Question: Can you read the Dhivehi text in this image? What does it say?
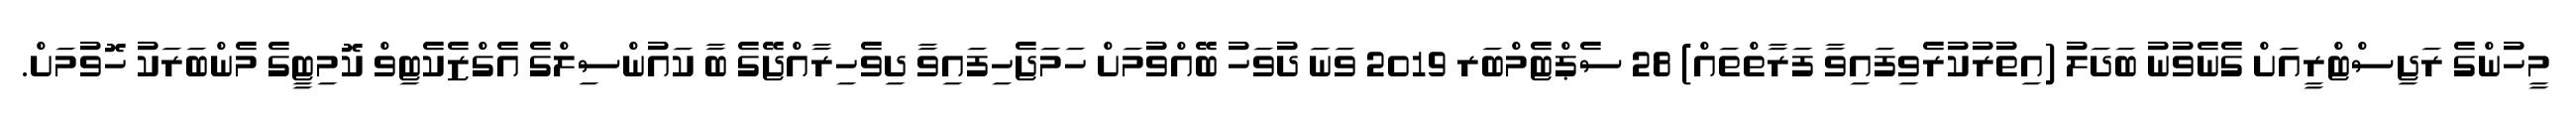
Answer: މީހުންގެ ރަޖިސްޓްރީއަށް ގެނެވުނު ބަދަލު (އިތުރުކުރެވިފައިވާ ފަރާތްތައް) 28 ސެޕްޓެމްބަރ 2019 ވަނަ ދުވަހު ބޭއްވުމަށް ހަމަޖެހިފައިވާ ދިވެހިރާއްޖޭގެ ބާ ކައުންސިލްގެ އެގްޒެކެޓިވް ކޮމިޓީގެ މެންބަރަކު ހޮވުމަށް.